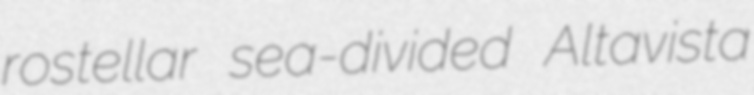
rostellar sea-divided Altavista